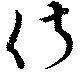
俶